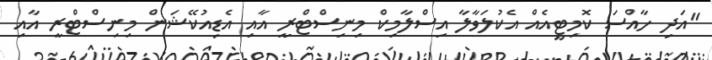
"އަދި ހާއްސަ ކޮމިޓީއެއް އެކުލަވާލާ އިސްލާމިކް މިނިސްޓްރީ އާއި އެޑިއުކޭޝަން މިނިސްޓްރީ އާއި